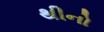
થીનો